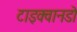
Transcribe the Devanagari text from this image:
टाइक्वानडो